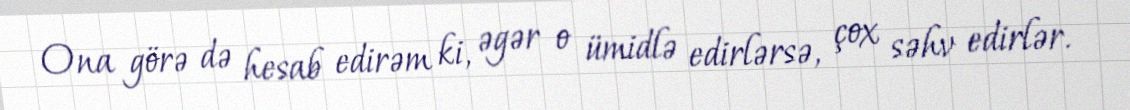
Ona görə də hesab edirəm ki, əgər o ümidlə edirlərsə, çox səhv edirlər.